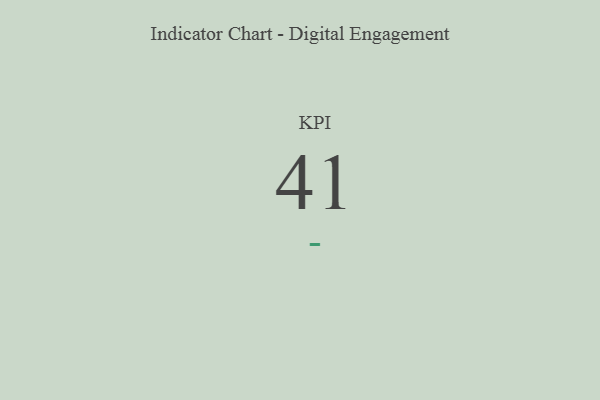
{"axis": {"x": "KPI", "y": "Value"}, "legend": [""], "data": [{"x": "KPI", "y": 41, "type": ""}]}